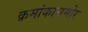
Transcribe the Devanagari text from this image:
क्रमांकासमोर